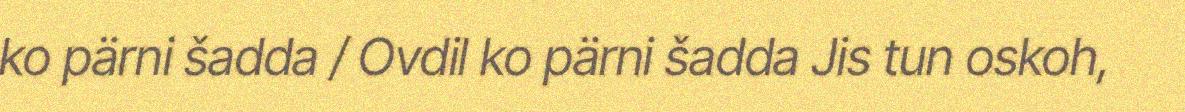
ko pärni šadda / Ovdil ko pärni šadda Jis tun oskoh,